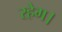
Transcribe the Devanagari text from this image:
रहेग।